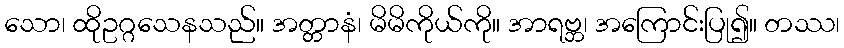
သော၊ ထိုဥဂ္ဂသေနသည်။ အတ္တာနံ၊ မိမိကိုယ်ကို။ အာရဗ္ဘ၊ အကြောင်းပြု၍။ တဿ၊